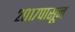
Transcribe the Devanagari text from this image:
२०१७पासून